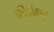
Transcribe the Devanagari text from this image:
पत्रिकांमधून